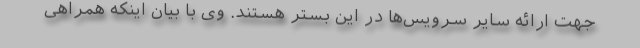
جهت ارائه سایر سرویس‌ها در این بستر هستند. وی با بیان اینکه همراهی